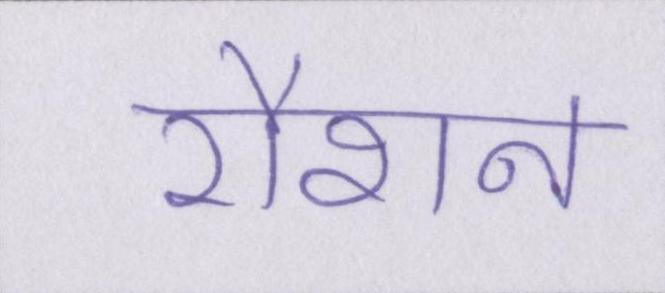
रौशन